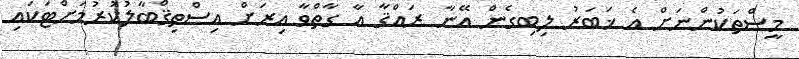
މީސްތަކުންނަށް އެ ޚަބަރު ލިބިގެން އޭނާ ރައްޤާ އާ ގާތްވާ އިރަށް އިސްތިޤްބާލުކުރުމަށްޓަކައި